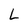
Character: L